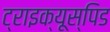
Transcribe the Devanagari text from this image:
ट्राइक्यूस्पिड